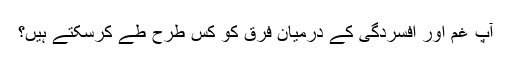
آپ غم اور افسردگی کے درمیان فرق کو کس طرح طے کرسکتے ہیں؟